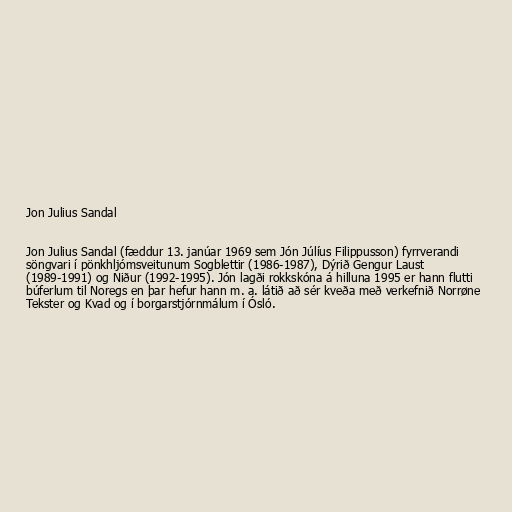
Jon Julius Sandal

Jon Julius Sandal (fæddur 13. janúar 1969 sem Jón Júlíus Filippusson) fyrrverandi
söngvari í pönkhljómsveitunum Sogblettir (1986-1987), Dýrið Gengur Laust
(1989-1991) og Niður (1992-1995). Jón lagði rokkskóna á hilluna 1995 er hann flutti
búferlum til Noregs en þar hefur hann m. a. látið að sér kveða með verkefnið Norrøne
Tekster og Kvad og í borgarstjórnmálum í Ósló.